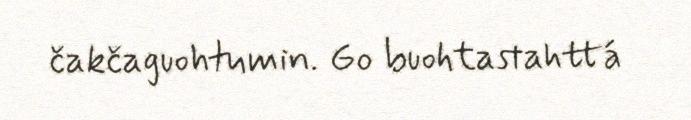
čakčaguohtumin. Go buohtastahttá